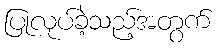
ပြုလုပ်ခဲ့သည့်အတွက်